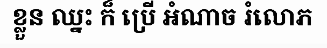
ខ្លួន ឈ្នះ ក៏ ប្រើ អំណាច រំលោភ